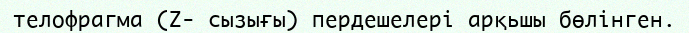
телофрагма (Z- сызығы) пердешелері арқьшы бөлінген.